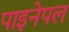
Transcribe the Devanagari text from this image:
पाइनेपल